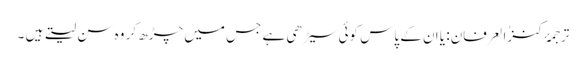
ترجمۂ کنزُالعِرفان: یا ان کے پاس کوئی سیڑھی ہے جس میں چڑھ کر وہ سن لیتے ہیں ۔